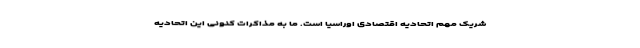
شریک مهم اتحادیه اقتصادی اوراسیا است. ما به مذاکرات کنونی این اتحادیه